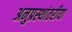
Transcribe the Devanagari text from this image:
अनुप्रस्थांतरीया